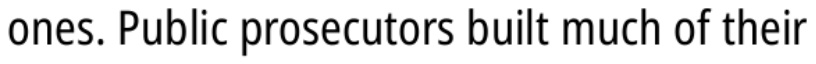
ones. Public prosecutors built much of their